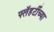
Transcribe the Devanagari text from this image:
फ्लॅहर्टीच्या